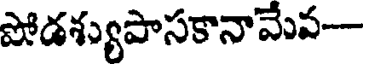
షోడశ్యుపాసకానామేవ--